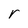
Character: r